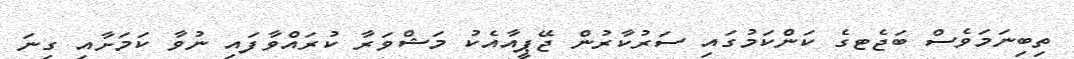
ތިބިނަމަވެސް ބަޖެޓގެ ކަންކަމުގައި ސަރުކާރުން ޖޭޕީއާއެކު މަޝްވަރާ ކުރައްވާފައި ނުވާ ކަމަށާއި ގިނަ